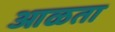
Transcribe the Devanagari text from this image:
आळता